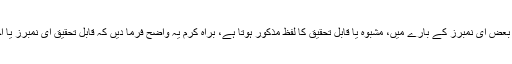
آپ کے ای نمبر کے رسالے میں بعض ای نمبرز کے بارے میں، مشبوہ یا قابلِ تحقیق کا لفظ مذکور ہوتا ہے، براہِ کرم یہ واضح فرما دیں کہ قابلِ تحقیق ای نمبرز یا اجزائے ترکیبی سے کیا مراد ہے؟